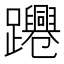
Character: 𨇫